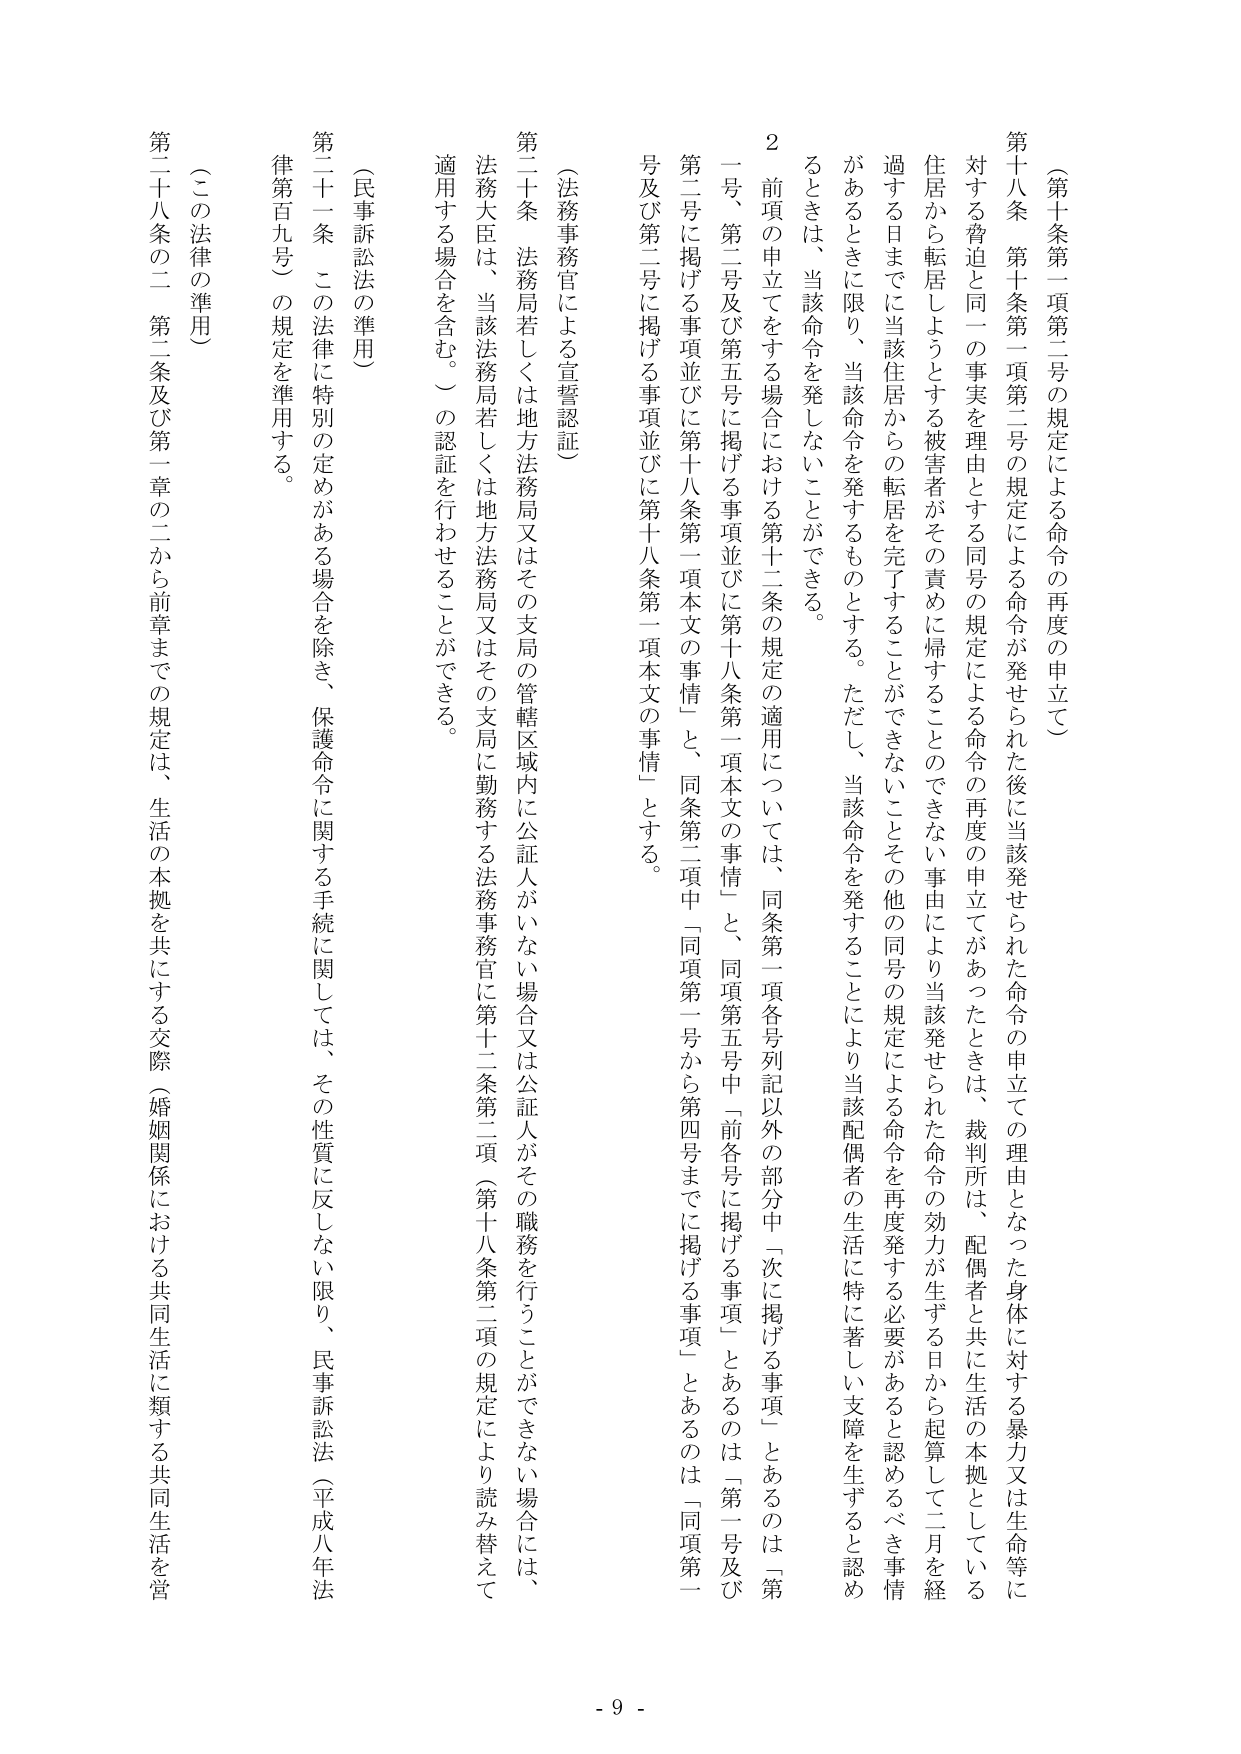
（第十条第一項第二号の規定による命令の再度の申立て）

第十八条　第十条第一項第二号の規定による命令が発せられた後に当該発せられた命令の申立ての理由となった身体に対する暴力又は生命等に対する脅迫と同一の事実を理由とする同号の規定による命令の再度の申立てがあったときは、裁判所は、配偶者と共に生活の本拠としている住居から転居しようとする被害者がその責めに帰することのできない事由により当該発せられた命令の効力が生ずる日から起算して二月を経過する日までに当該住居からの転居を完了することができないことをその他の同号の規定による命令を再度発する必要があると認めるべき事情があるときに限り、当該命令を発するものとする。ただし、当該命令を発することにより当該配偶者の生活に特に著しい支障を生ずると認められるときは、当該命令を発しないことができる。

２　前項の申立てをする場合における第十二条の規定の適用については、同条第一項各号列記以外の部分中「次に掲げる事項」とあるのは「第一号、第二号及び第五号に掲げる事項並びに第十八条第一項本文の事情」と、同項第五号中「前各号に掲げる事項」とあるのは「第一号及び第二号に掲げる事項並びに第十八条第一項本文の事情」と、同条第二項中「同項第一号から第四号までに掲げる事項」とあるのは「同項第一号及び第二号に掲げる事項並びに第十八条第一項本文の事情」とする。

（法務事務官による宣誓認証）

第二十条　法務局若しくは地方法務局又はその支局の管轄区域内に公証人がいない場合又は公証人がその職務を行うことができない場合には、法務大臣は、当該法務局若しくは地方法務局又はその支局に勤務する法務事務官に第十二条第二項（第十八条第二項の規定により読み替えて適用する場合を含む。）の認証を行わせることができる。

（民事訴訟法の準用）

第二十一条　この法律に特別の定めがある場合を除き、保護命令に関する手続に関しては、その性質に反しない限り、民事訴訟法（平成八年法律第百九号）の規定を準用する。

（この法律の準用）

第二十八条の二　第二条及び第一章の二から前章までの規定は、生活の本拠を共にする交際（婚姻関係における共同生活に類する共同生活を営

- 9 -